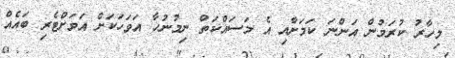
މިހާރު ކުރަމުން އަންނަ ކަމަށާއި އެ މަސައްކަތް ނިމުނުހާ އަވަހަކަށް އަވަށްޓެރި ބައެއް